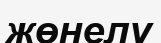
жөнелу